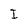
Character: I